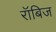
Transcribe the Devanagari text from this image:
रॉबिज